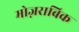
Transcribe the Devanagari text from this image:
मोज़राबिक